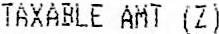
TAXABLE AMT (Z)